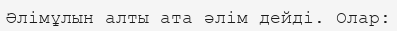
Әлімұлын алты ата әлім дейді. Олар: